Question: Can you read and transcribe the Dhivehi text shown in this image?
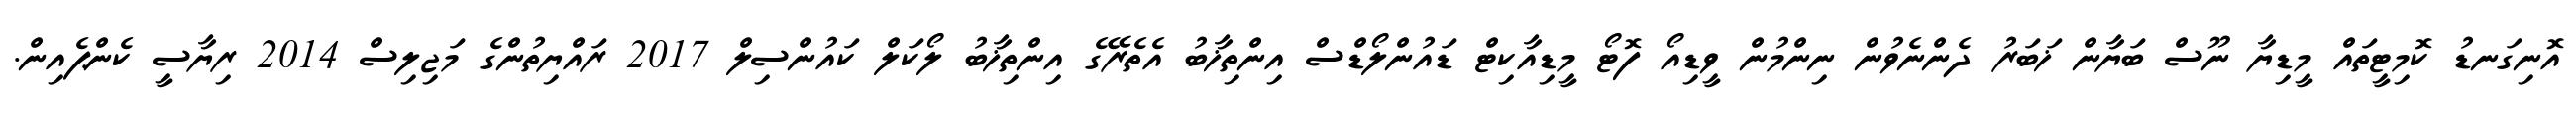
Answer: އޮނިގަނޑު ކޮމިޓީތައް މީޑިޔާ ނޫސް ބަޔާން ޚަބަރު ދެންނެވުން ނިންމުން ވީޑިއޯ ފޮޓޯ މީޑިއާކިޓް ޑައުންލޯޑްސް އިންތިޚާބު އެތެރޭގެ އިންތިޚާބު ލޯކަލް ކައުންސިލް 2017 ރައްޔިތުންގެ މަޖިލިސް 2014 ރިޔާސީ ކެންޕެއިން.